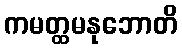
ကမတ္ထမနုဘောတိ